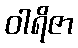
ဝါရိဇာ